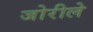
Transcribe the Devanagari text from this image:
जोरीले